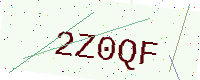
Text: 2Z0QF